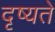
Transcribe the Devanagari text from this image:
दृष्यते